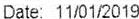
DATE: 11/01/2019